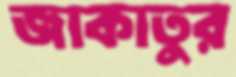
জাকাতুর